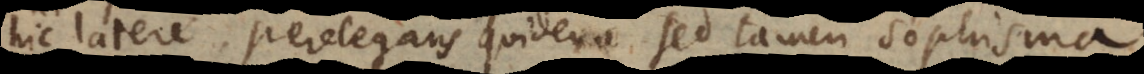
hic latere, perelegans quidem, sed tamen sophisma